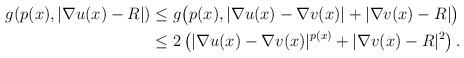
LaTeX: \begin{align*}\begin{aligned}g(p(x),|\nabla u(x)-R|)&\le g\big(p(x),|\nabla u(x)-\nabla v(x)|+|\nabla v(x)-R|\big)\\&\le 2\left(|\nabla u(x)-\nabla v(x)|^{p(x)}+|\nabla v(x)-R|^2\right).\end{aligned}\end{align*}